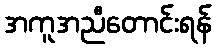
အကူအညီတောင်းရန်